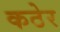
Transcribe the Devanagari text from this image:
कठेर